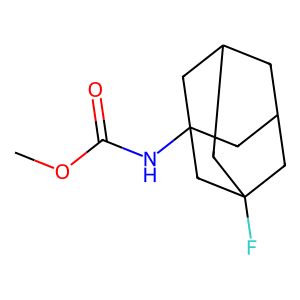
SMILES: COC(=O)NC12CC3CC(CC(F)(C3)C1)C2
Inhibits HIV replication: No